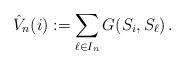
LaTeX: \begin{align*}\hat{V}_n(i) := \sum_{\ell \in I_n} G(S_i,S_\ell) \,.\end{align*}